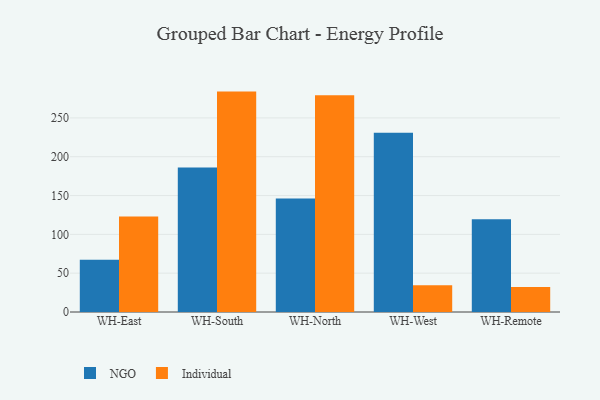
{"axis": {"x": "Warehouse", "y": "Energy Usage (MWh)"}, "legend": ["Individual", "NGO"], "data": [{"x": "WH-East", "y": 67.4, "type": "NGO"}, {"x": "WH-East", "y": 123.0, "type": "Individual"}, {"x": "WH-South", "y": 186.1, "type": "NGO"}, {"x": "WH-South", "y": 283.9, "type": "Individual"}, {"x": "WH-North", "y": 146.1, "type": "NGO"}, {"x": "WH-North", "y": 279.3, "type": "Individual"}, {"x": "WH-West", "y": 230.9, "type": "NGO"}, {"x": "WH-West", "y": 34.6, "type": "Individual"}, {"x": "WH-Remote", "y": 119.5, "type": "NGO"}, {"x": "WH-Remote", "y": 32.3, "type": "Individual"}]}